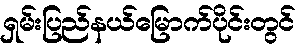
ရှမ်းပြည်နယ်မြောက်ပိုင်းတွင်